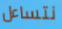
نتساءل